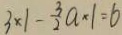
3 \times 1 - \frac { 3 } { 2 } a \times 1 = 6